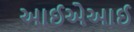
આઈએઆઈ